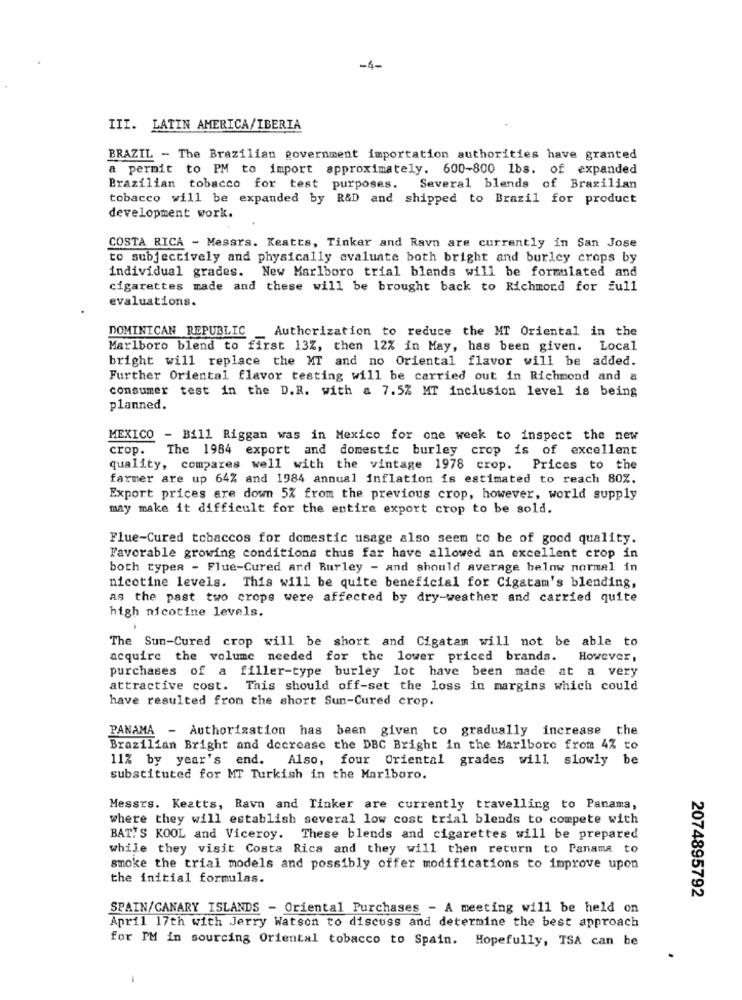
-4-
III. LATIN AMERICA/IBERIA
BRAZIL - The Brazilian government importation authorities have granted
a permit to PM to import approximately. 600-800 1bs. of expanded
Brazilian tobacco for test purposes.
Several blends of Brazilian
tobacco will be expanded by R&D and shipped to Brazil for product
development work.
COSTA RICA - Messrs. Keatts, Tinker and Ravn are currently in San Jose
to subjectively and physically evaluate both bright and burley crops by
individual grades. New Marlboro trial blends will be formulated and
cigarettes made and these will be brought back to Richmond for full
evaluations.
DOMINICAN REPUBLIC
Authorization to reduce the MT Oriental in the
Marlboro blend to first 13%, then 12% in May, has been given. Local
bright will replace the MT and no Oriental flavor will be added.
Further Oriental flavor testing will be carried out in Richmond and a
consumer test in the D.R. with a 7.5% MT inclusion level is being
planned.
MEXICO - Bill Riggan was in Mexico for one week to inspect the new
crop.
The 1984 export and domestic burley crop is of excellent
quality, compares well with the vintage 1978 crop. Prices to the
farmer are up 64% and 1984 annual inflation is estimated to reach 80%.
Export prices are down 5% from the previous crop, however, world supply
may make it difficult for the entire export crop to be sold.
Flue-Cured tobaccos for domestic usage also seem to be of good quality.
Favorable growing conditions thus far have allowed an excellent crop in
both typer - Flue-Cured and Burley - and should average below normal in
nicotine levels. This will be quite beneficial for Cigatam's blending,
as the past two crops were affected by dry-weather and carried quite
high nicotine levels.
The Sun-Cured crop will be short and Cigatam will not be able to
acquire the volume needed for the lower priced brands.
However ,
purchases of a filler-type burley lot have been made at a very
attractive cost. This should off-set the loss in margins which could
have resulted from the short Sun-Cured crop.
PANAMA - Authorization has been given to gradually increase the
Brazilian Bright and decrease the DBC Bright in the Marlboro from 4% to
11% by year's end. Also, four Oriental grades will. slowly be
substituted for MT Turkish in the Marlboro.
Messrs. Keatts, Ravn and Tinker are currently travelling to Panama,
where they will establish several low cost trial blends to compete with
BAT'S KOOL and Viceroy. These blends and cigarettes will be prepared
while they visit Costa Rica and they will then return to Panama to
smoke the trial models and possibly offer modifications to improve upon
the initial formulas.
2074895792
SPAIN/CANARY ISLANDS - Oriental Purchases - A meeting will be held on
April 17th with Jerry Watson to discuss and determine the best approach
for IM in sourcing Oriental tobacco to Spain. Hopefully, TSA can be